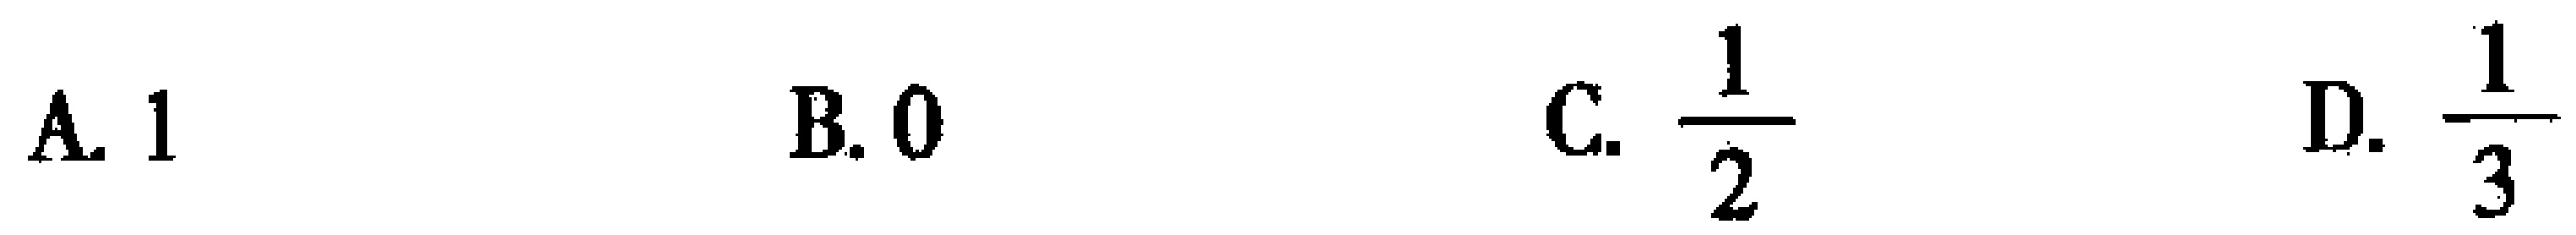
A. \(1\)  B. \(0\)  C. \(\frac{1}{2}\)  D. \(\frac{1}{3}\)